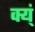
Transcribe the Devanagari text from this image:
क्य्ं